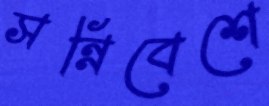
সন্নিবেশে